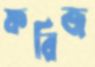
ফরিজ